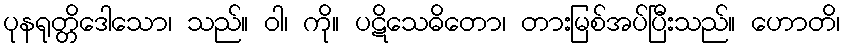
ပုနရုတ္တိဒေါသော၊ သည်။ ဝါ၊ ကို။ ပဋိသေဓိတော၊ တားမြစ်အပ်ပြီးသည်။ ဟောတိ၊